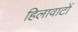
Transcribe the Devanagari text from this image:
हिलावाटों